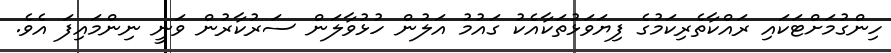
ހިންގުމަށްޓަކައި ރައްކާތެރިކަމުގެ ފިޔަވަޅުތަކާއެކު ގައުމު އަލުން ހުޅުވާލަން ސަރުކާރުން ވަނީ ނިންމައިފަ އެވެ.